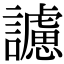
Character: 𧭜